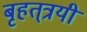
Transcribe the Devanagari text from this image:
बृहत्‌त्रयी